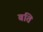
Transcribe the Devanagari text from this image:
बति